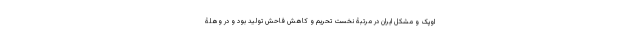
اوپک و مشکل ایران در مرتبۀ نخست تحریم و کاهش فاحش تولید بود و در وهلۀ